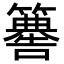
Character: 𥶚